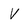
Character: V